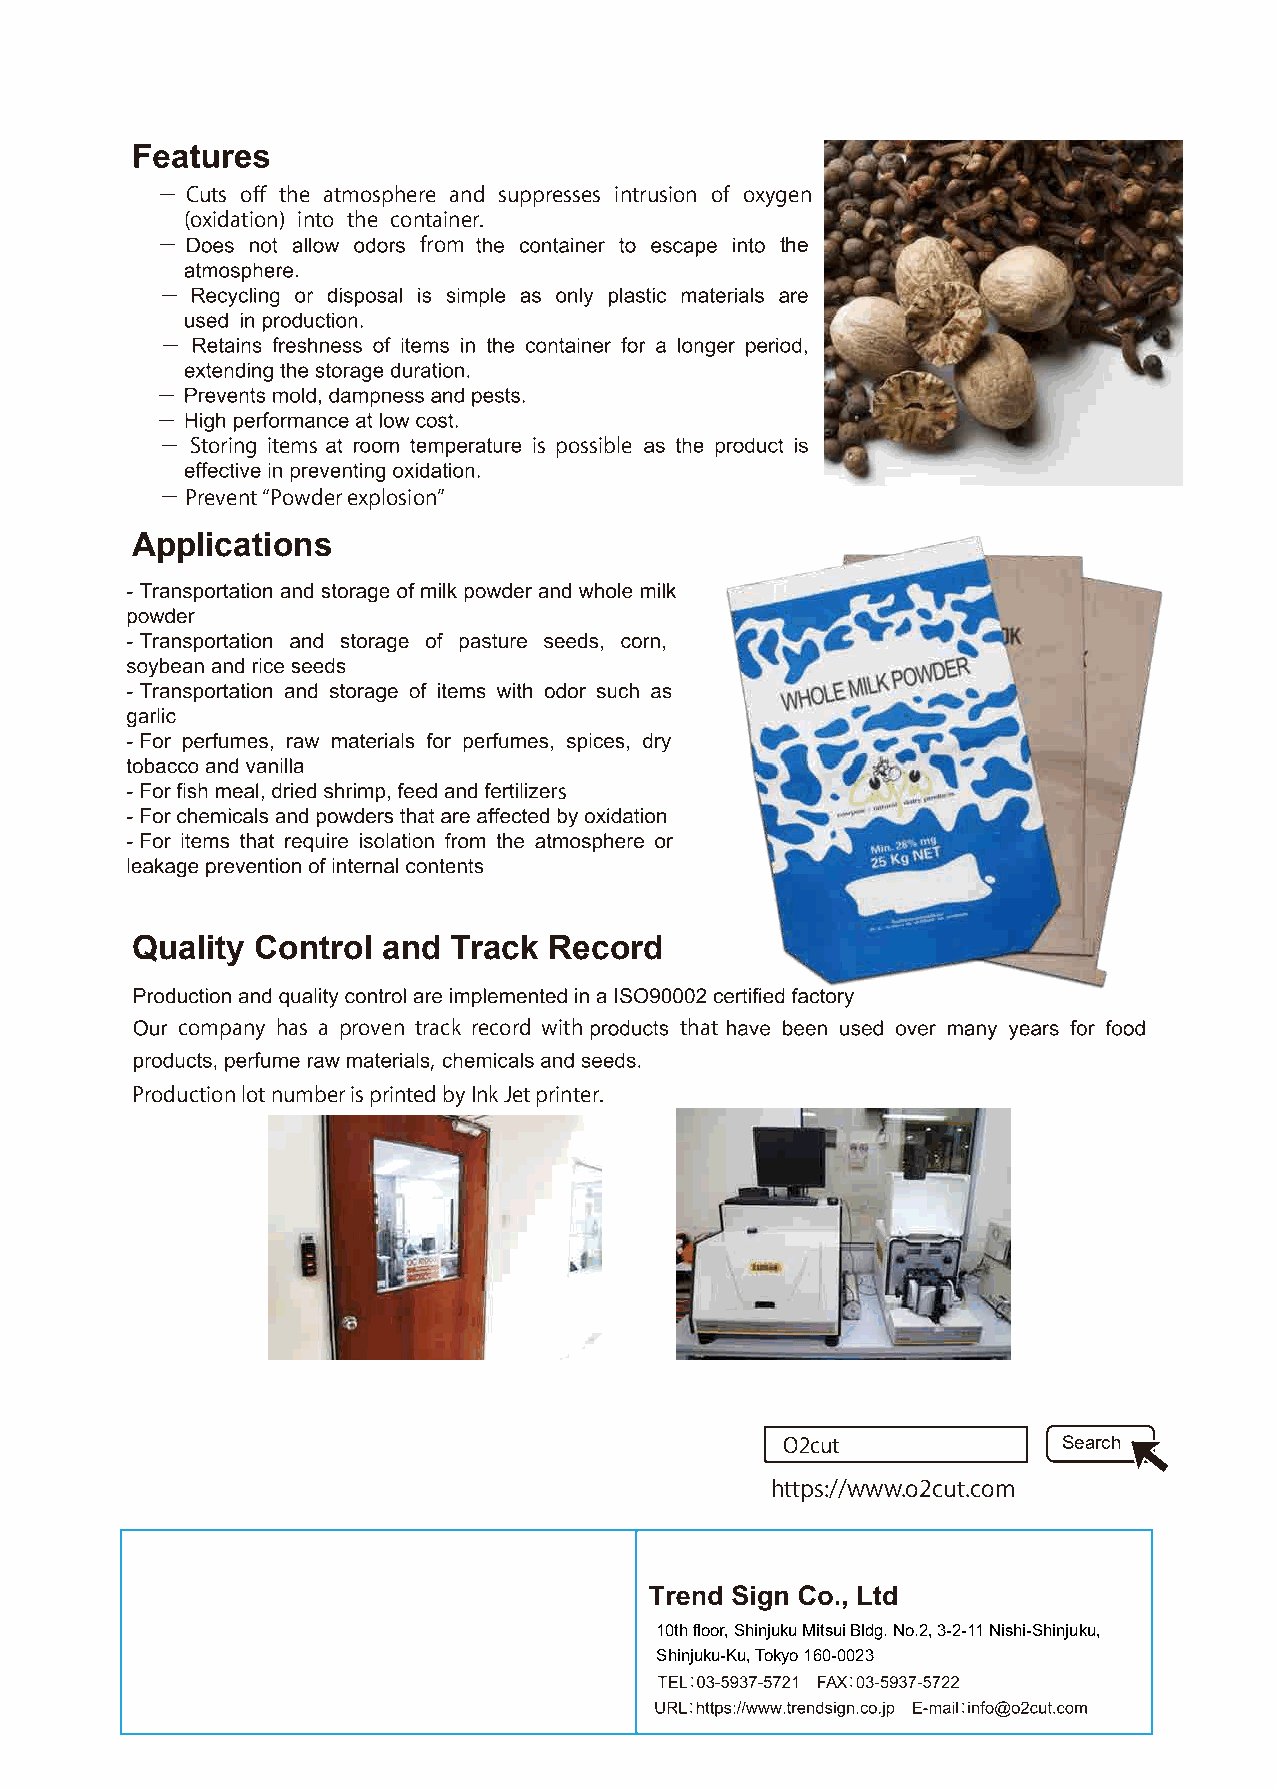
− Cuts off the atmosphere and suppresses intrusion of oxygen
 (oxidation) into the container.
 −                 from                    the
 −
 −
 −
 −
 − Storing items         is possible
 −Prevent “Powder explosion”
 Applications
 s
 Quality Control and  Track Record
 company has a proven track record with that
 ,
 Production lot number is printed by Ink Jet printer.
 O2cut             Search
 https://www.o2cut.com
 10th floor, Shinjuku Mitsui Bldg. No.2, 3-2-11 Nishi-Shinjuku,
 Shinjuku-Ku, Tokyo 160-0023
 ：          ：
 ：                 ：